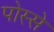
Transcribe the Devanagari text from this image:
पोस्से